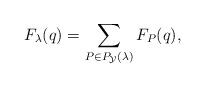
LaTeX: \begin{align*}F_\lambda(q) = \sum_{P\in P_{\mathcal{Y}}(\lambda)} F_P(q),\end{align*}